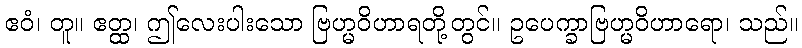
ဧဝံ၊ တူ။ ဧတ္ထ၊ ဤလေးပါးသော ဗြဟ္မဝိဟာရတို့တွင်။ ဥပေက္ခာဗြဟ္မဝိဟာရော၊ သည်။